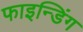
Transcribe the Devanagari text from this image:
फाइन्डिंग